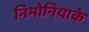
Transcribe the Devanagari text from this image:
निमोनियाके